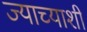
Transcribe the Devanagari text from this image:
ज्याच्याशी